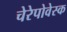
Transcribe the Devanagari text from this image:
चेरेपोवेस्क